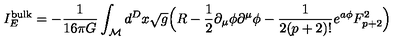
I _ { E } ^ { \mathrm { b u l k } } = - \frac { 1 } { 1 6 \pi G } \int _ { \cal { M } } d ^ { D } x \sqrt { g } \Big ( R - \frac { 1 } { 2 } \partial _ { \mu } \phi \partial ^ { \mu } \phi - \frac { 1 } { 2 ( p + 2 ) ! } e ^ { a \phi } F _ { p + 2 } ^ { 2 } \Big )